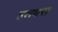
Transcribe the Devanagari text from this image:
हलधरा